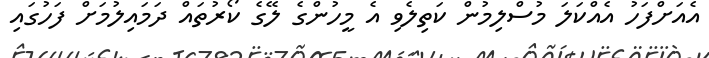
އެއަށްފަހު އެއްކަލަ މުސްލިމުން ކަތިލެވި އެ މީހުންގެ ލޭގެ ކޯރުތައް ދަމައިލުމަށް ފަހުގައި